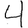
Digit: 4